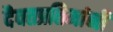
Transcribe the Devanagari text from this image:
दैवतप्रतिमांनी